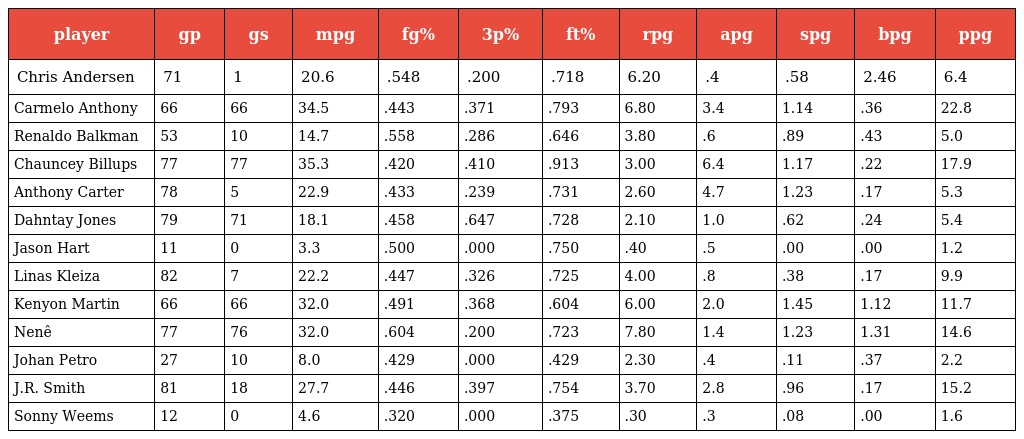
| player | gp | gs | mpg | fg% | 3p% | ft% | rpg | apg | spg | bpg | ppg |
 | --- | --- | --- | --- | --- | --- | --- | --- | --- | --- | --- | --- |
 | Chris Andersen | 71 | 1 | 20.6 | .548 | .200 | .718 | 6.20 | .4 | .58 | 2.46 | 6.4 |
 | Carmelo Anthony | 66 | 66 | 34.5 | .443 | .371 | .793 | 6.80 | 3.4 | 1.14 | .36 | 22.8 |
 | Renaldo Balkman | 53 | 10 | 14.7 | .558 | .286 | .646 | 3.80 | .6 | .89 | .43 | 5.0 |
 | Chauncey Billups | 77 | 77 | 35.3 | .420 | .410 | .913 | 3.00 | 6.4 | 1.17 | .22 | 17.9 |
 | Anthony Carter | 78 | 5 | 22.9 | .433 | .239 | .731 | 2.60 | 4.7 | 1.23 | .17 | 5.3 |
 | Dahntay Jones | 79 | 71 | 18.1 | .458 | .647 | .728 | 2.10 | 1.0 | .62 | .24 | 5.4 |
 | Jason Hart | 11 | 0 | 3.3 | .500 | .000 | .750 | .40 | .5 | .00 | .00 | 1.2 |
 | Linas Kleiza | 82 | 7 | 22.2 | .447 | .326 | .725 | 4.00 | .8 | .38 | .17 | 9.9 |
 | Kenyon Martin | 66 | 66 | 32.0 | .491 | .368 | .604 | 6.00 | 2.0 | 1.45 | 1.12 | 11.7 |
 | Nenê | 77 | 76 | 32.0 | .604 | .200 | .723 | 7.80 | 1.4 | 1.23 | 1.31 | 14.6 |
 | Johan Petro | 27 | 10 | 8.0 | .429 | .000 | .429 | 2.30 | .4 | .11 | .37 | 2.2 |
 | J.R. Smith | 81 | 18 | 27.7 | .446 | .397 | .754 | 3.70 | 2.8 | .96 | .17 | 15.2 |
 | Sonny Weems | 12 | 0 | 4.6 | .320 | .000 | .375 | .30 | .3 | .08 | .00 | 1.6 |